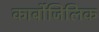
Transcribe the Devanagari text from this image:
कार्बोजिलिक